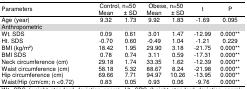
| <ROWSPAN=3> Parameters | <COLSPAN=2> Control, n=50 | <COLSPAN=2> Obese, n=50 | <ROWSPAN=3> t | <ROWSPAN=3> P |
 | Mean | ± SD | Mean | ± SD |
 | --- | --- | --- | --- | --- | --- | --- |
 | Age (year) | 9.32 | 1.73 | 9.92 | 1.83 | -1.69 | 0.095 |
 | Anthropometric |  |  |  |  |  |  |
 | Wt. SDS | 0.09 | 0.61 | 3.01 | 1.47 | -12.99 | 0.000** |
 | Ht. SDS | -0.70 | 0.60 | -0.49 | 1.04 | -1.21 | 0.229 |
 | BMI (kg/m2) | 18.42 | 1.95 | 29.90 | 3.18 | -21.75 | 0.000** |
 | BMI SDS | 0.78 | 0.74 | 3.11 | 0.59 | -17.31 | 0.000** |
 | Neck circumference (cm) | 29.18 | 1.74 | 33.35 | 1.62 | -12.39 | 0.000** |
 | Waist circumference (cm) | 58.18 | 5.32 | 88.67 | 8.24 | -21.98 | 0.000** |
 | Hip circumference (cm) | 69.66 | 7.71 | 94.97 | 10.26 | -13.95 | 0.000** |
 | Waist/Hip (cm/cm; n <0.72) | 0.83 | 0.05 | 0.93 | 0.06 | -9.76 | 0.000** |